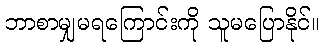
ဘာစာမျှမရကြောင်းကို သူမပြောနိုင်။